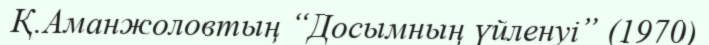
Қ.Аманжоловтың “Досымның үйленуі” (1970)